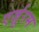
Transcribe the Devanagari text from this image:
एर्ज़ुरम